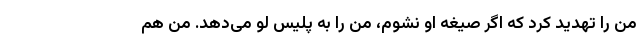
من را تهدید کرد که اگر صیغه او نشوم، من را به پلیس لو می‌دهد. من هم